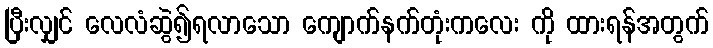
ပြီးလျှင် လေလံဆွဲ၍ရလာသော ကျောက်နက်တုံးကလေး ကို ထားရန်အတွက်